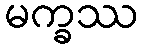
မက္ခဿ